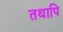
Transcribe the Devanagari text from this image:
तथापि